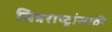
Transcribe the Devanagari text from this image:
मित्रराष्ट्रांसाठी